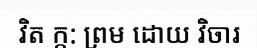
វិត ក្ក: ព្រម ដោយ វិចារ